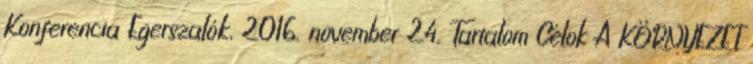
Konferencia Egerszalók, 2016. november 24. Tartalom Célok A KÖRNYEZET